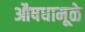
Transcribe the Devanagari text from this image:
औषधामूळे